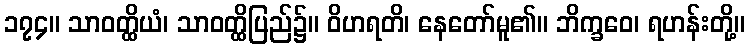
၁၇၄။ သာဝတ္ထိယံ၊ သာဝတ္ထိပြည်၌။ ဝိဟရတိ၊ နေတော်မူ၏။ ဘိက္ခဝေ၊ ရဟန်းတို့။